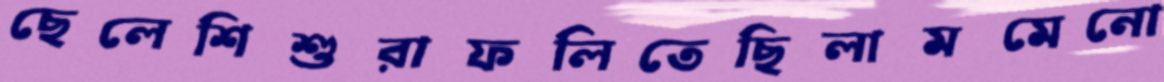
ছেলেশিশুরাফলিতেছিলামমেনো